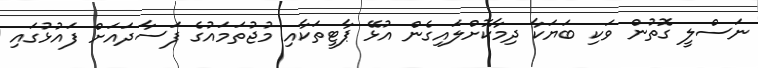
ނަސްލީ ގޮތުން ވަކި ބަޔަކާ ދިމާކޮށްލައިގެން އުޅޭ ޕާޓީތަކާއި މުޖުތަމައުގެ ފަސާދައަށް ފައުޅުގައި